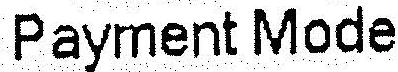
PAYMENT MODE